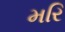
મરિ